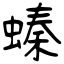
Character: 螓